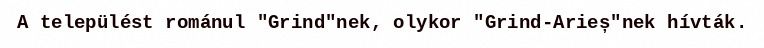
A települést románul "Grind"nek, olykor "Grind-Arieș"nek hívták.